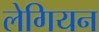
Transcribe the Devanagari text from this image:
लेगियन